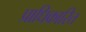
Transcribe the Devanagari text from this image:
प्राधिकारित